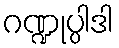
ဂဏ္ဍုပ္ပါဒါ